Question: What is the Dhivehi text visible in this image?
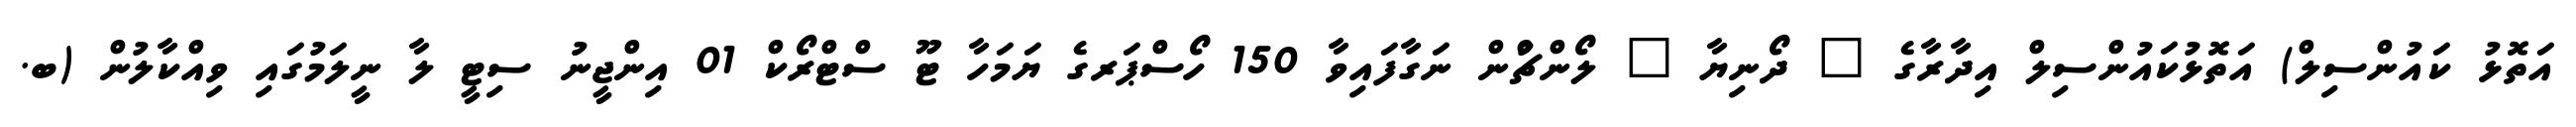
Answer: އަތޮޅު ކައުންސިލް) އަތޮޅުކައުންސިލް އިދާރާގެ " ދޯނިޔާ " ލޯންޗްުން ނަގާފައިވާ 150 ހޯސްޕަރގެ ޔަމަހާ ޓޫ ސްޓްރޯކް 01 އިންޖީނު ސިޓީ ލާ ނީލަމުގައި ވިއްކާލުން (ބ.